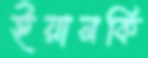
ইয়ানকি